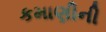
કમાણીની